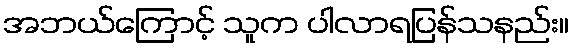
အဘယ်ကြောင့် သူက ပါလာရပြန်သနည်း။